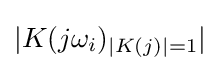
|K(j\omega _{i})_{|K(j)|=1}|